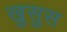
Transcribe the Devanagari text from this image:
खुसुस